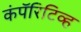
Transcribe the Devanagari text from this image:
कंपॅरिटिव्ह